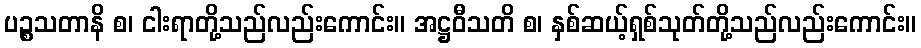
ပဉ္စသတာနိ စ၊ ငါးရာတို့သည်လည်းကောင်း။ အဋ္ဌဝီသတိ စ၊ နှစ်ဆယ့်ရှစ်သုတ်တို့သည်လည်းကောင်း။